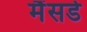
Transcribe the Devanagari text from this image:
मैंसर्ड